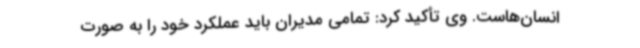
انسان‌هاست. وی تأکید کرد: تمامی مدیران باید عملکرد خود را به صورت